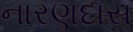
નારણદાસ